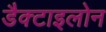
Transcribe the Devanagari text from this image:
डैक्टाइलोन